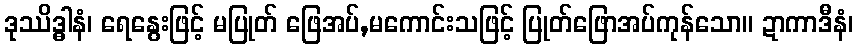
ဒုဿိဒ္ဓါနံ၊ ရေနွေးဖြင့် မပြုတ် ဖြေအပ်,မကောင်းသဖြင့် ပြုတ်ဖြောအပ်ကုန်သော။ ဍာကာဒီနံ၊